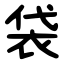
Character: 袋